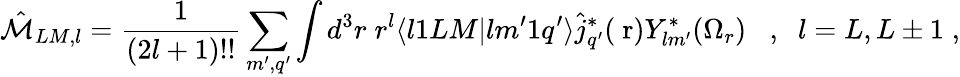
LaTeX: \hat{\mathcal{M}}_{LM,l}=\frac{1}{(2l+1)!!}\sum_{m^{\prime},q^{\prime}}\int d^{3}r\; r^{l}\langle l1LM|lm^{\prime}1q^{\prime}\rangle\hat{j}_{q^{\prime}}^{*}(\mathrm{\mathbf~r})Y_{lm^{\prime}}^{*}(\Omega_{r})\; \; \; ,\; \; l=L,L\pm 1\; ,